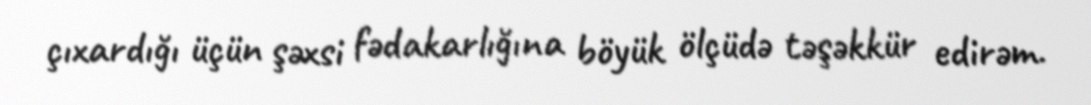
çıxardığı üçün şəxsi fədakarlığına böyük ölçüdə təşəkkür edirəm.